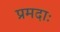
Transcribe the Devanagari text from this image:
प्रमदाः